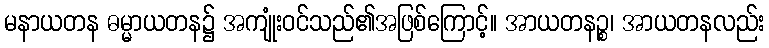
မနာယတန ဓမ္မာယတန၌ အကျုံးဝင်သည်၏အဖြစ်ကြောင့်။ အာယတနဉ္စ၊ အာယတနလည်း